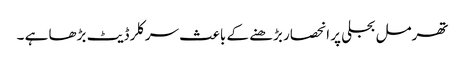
تھرمل بجلی پر انحصار بڑھنے کے باعث سرکلر ڈیٹ بڑھا ہے ۔